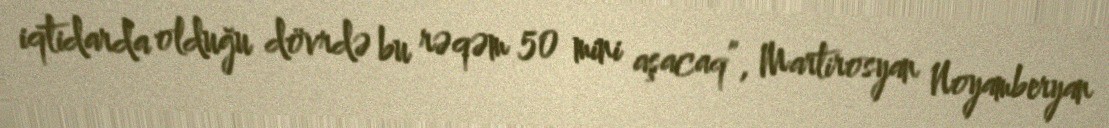
iqtidarda olduğu dövrdə bu rəqəm 50 mini aşacaq”, Martirosyan Noyamberyan